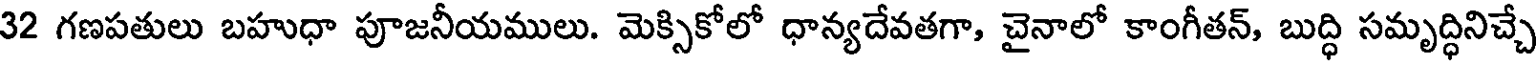
32 గణపతులు బహుధా పూజనీయములు. మెక్సికోలో ధాన్యదేవతగా, చైనాలో కాంగీతన్, బుద్ధి సమృద్ధినిచ్చే